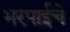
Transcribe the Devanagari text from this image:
भरपाईचे